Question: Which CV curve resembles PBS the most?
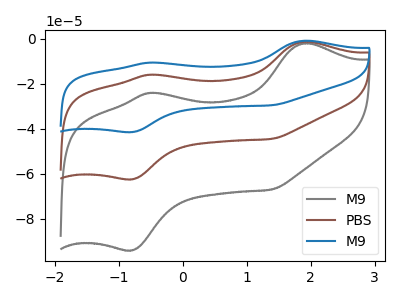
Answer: <think>The gray curve "M9" has anodic peaks at (1.90V, -2.05uA) (-0.50V, -24.00uA) and cathodic peaks at (-0.80V, -94.05uA) (1.40V, -67.00uA). The brown curve "PBS" has anodic peaks at (1.90V, -1.35uA) (-0.50V, -15.95uA) and cathodic peaks at (-0.80V, -62.45uA) (1.40V, -44.50uA). The blue curve "M9" has anodic peaks at (1.90V, -2.70uA) (-0.50V, -31.90uA) and cathodic peaks at (-0.80V, -124.95uA) (1.40V, -89.00uA).
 All the peaks in "M9" have a peak in "PBS" at the same potential. All the peaks in "M9" have a peak in "M9" at the same potential. All the peaks in "PBS" have a peak in "M9" at the same potential.</think>
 <answer>"PBS" and "M9" have a similar shape to "M9".</answer>
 <eval>"PBS" "M9"</eval>